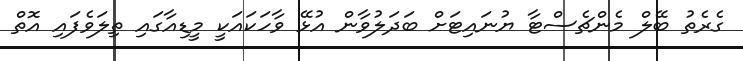
ގެރެތު ބޭލް މެންޗެސްޓާ ޔުނައިޓަށް ބަދަލުވާން އުޅޭ ވާހަކައަކީ މީޑިއާގައި ތިލަވެފައި އޮތް